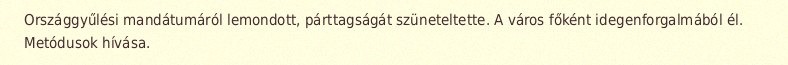
Országgyűlési mandátumáról lemondott, párttagságát szüneteltette. A város főként idegenforgalmából él. Metódusok hívása.